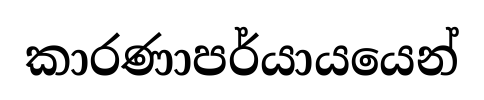
කාරණාපර්යායයෙන්